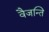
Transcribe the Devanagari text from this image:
वैजन्ति